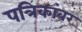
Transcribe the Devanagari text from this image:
पत्रिकांवर